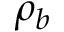
\rho _ { b }